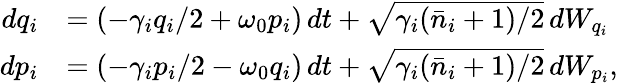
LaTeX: \begin{array}{rl}{dq_{i}}&{=(-\gamma_{i}q_{i}/2+\omega_{0}p_{i})\, dt+\sqrt{\gamma_{i}(\bar{n}_{i}+1)/2}\, dW_{q_{i}}}\\ {dp_{i}}&{=(-\gamma_{i}p_{i}/2-\omega_{0}q_{i})\, dt+\sqrt{\gamma_{i}(\bar{n}_{i}+1)/2}\, dW_{p_{i}},}\end{array}